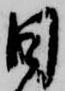
日